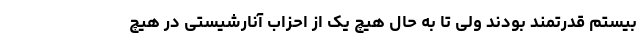
بیستم قدرتمند بودند ولی تا به حال هیچ یک از احزاب آنارشیستی در هیچ